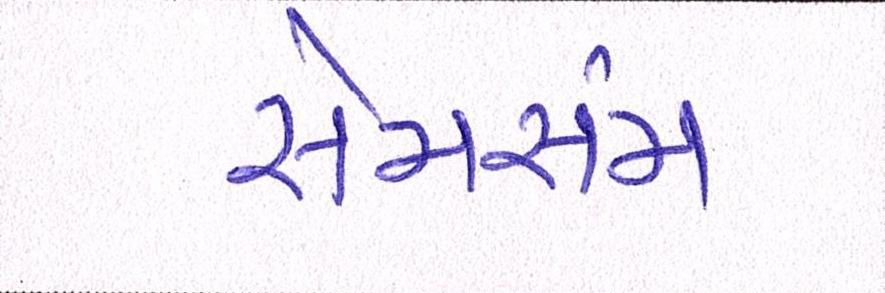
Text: સેમસંમ